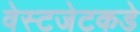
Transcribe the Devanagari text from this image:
वेस्टजेटकडे